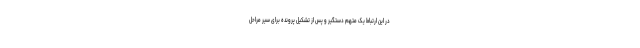
در این ارتباط یک متهم دستگیر و پس از تشکیل پرونده برای سیر مراحل